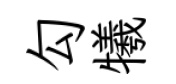
勾犧